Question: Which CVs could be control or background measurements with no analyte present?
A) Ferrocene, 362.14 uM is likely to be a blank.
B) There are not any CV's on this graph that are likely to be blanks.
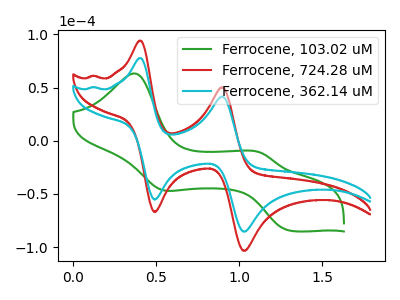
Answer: <think>The green curve "Ferrocene, 103.02 uM" has anodic peaks at (0.35V, 63.30uA) (1.15V, -11.25uA) and cathodic peaks at (0.55V, -46.15uA) (1.30V, -84.50uA). The red curve "Ferrocene, 724.28 uM" has anodic peaks at (0.40V, 94.05uA) (0.90V, 50.30uA) and cathodic peaks at (0.50V, -66.85uA) (1.05V, -103.40uA). The cyan curve "Ferrocene, 362.14 uM" has anodic peaks at (0.40V, 77.70uA) (0.90V, 41.50uA) and cathodic peaks at (0.50V, -55.20uA) (1.05V, -85.40uA).</think>
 <answer>B) There are not any CV's on this graph that are likely to be blanks.</answer>
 <eval>B</eval>